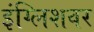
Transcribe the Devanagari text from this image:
इंग्लिशवर